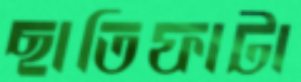
ছাতিফাটা